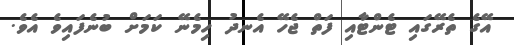
އޭގެ ތެރޭގައި ޓެންޓާއި ފަތް ޖެހޭ އެނދު ހިމެނޭ ކަމަށް ބުނެފައިވެ އެވެ.